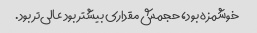
خوشمزه بود، حجمش مقداری بیشتر بود عالی‌تر بود.